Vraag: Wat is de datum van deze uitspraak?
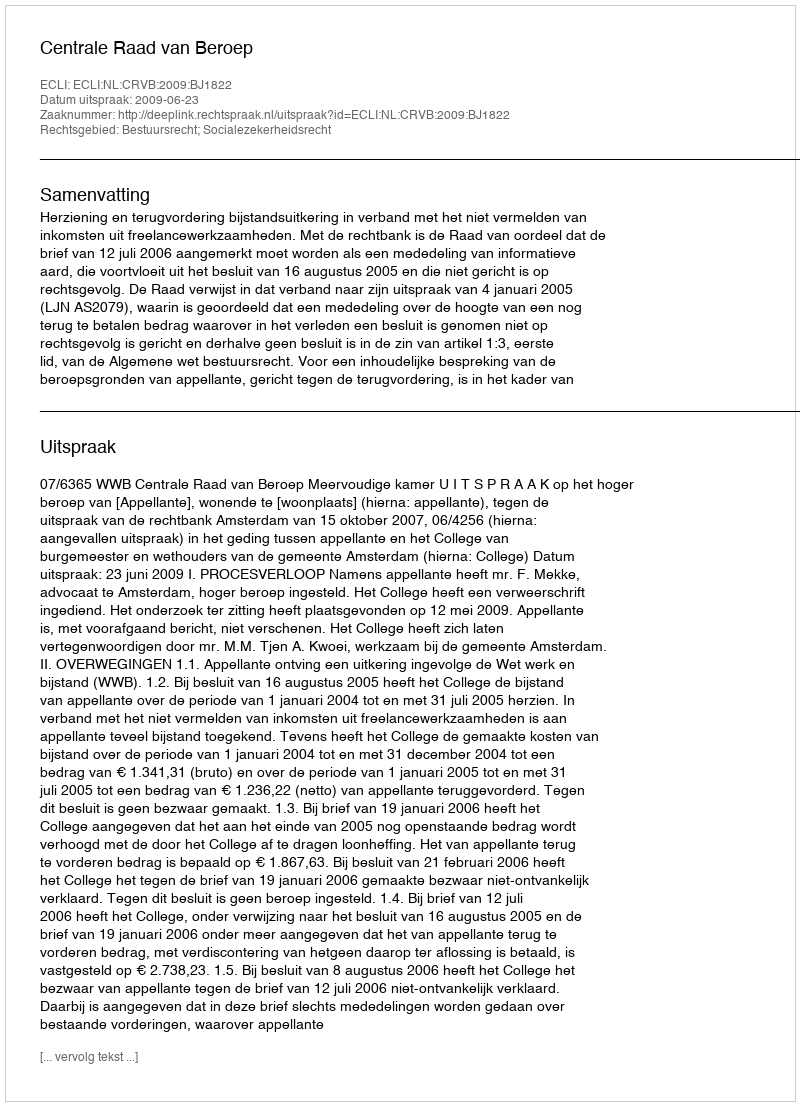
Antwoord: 2009-06-23